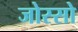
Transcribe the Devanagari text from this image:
जोस्सो